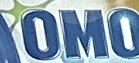
OMO